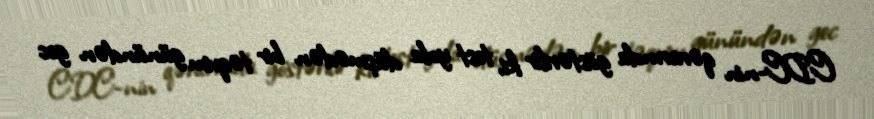
CDC-nin qərarında göstərilir ki, test yola düşmədən bir təqvim günündən gec